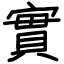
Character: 實